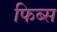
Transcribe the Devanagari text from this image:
फिब्स